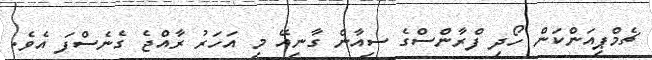
ޗެމްޕިއަންކަން ހޯދި ފްރާންސްގެ ސިއާން ގާނިއޭ މި އަހަރު ރާއްޖެ ގެނެސްފަ އެވެ.